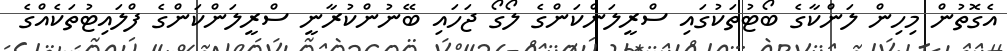
އެގޮތުން މިހިން ލަންކާގެ ބޯޓުތަކުގައި ސްރީލަންކަންގެ ލޯގޯ ޖަހައި ބޭނުންކުރާނީ ސްރީލަންކަންގެ ފްލައިޓުތަކެއްގެ